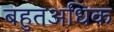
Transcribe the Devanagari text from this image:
बहुतअधिक